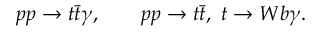
p p \to t \bar { t } \gamma , \qquad p p \to t \bar { t } , ~ t \to W b \gamma .